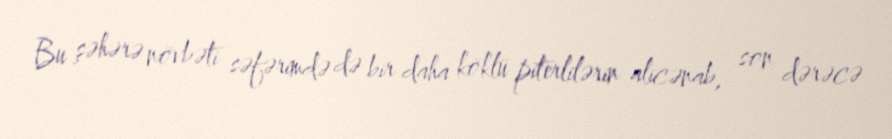
Bu şəhərə növbəti səfərimdə də bir daha köklü piterlilərin alicənab, son dərəcə